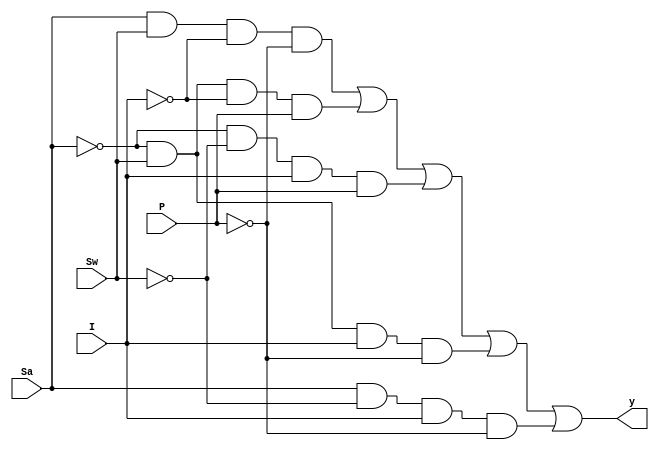



`timescale 1ns / 1ps
//////////////////////////////////////////////////////////////////////////////////
// Company: 
// Engineer: 
// 
// Design Name: 
// Module Name: icecream
// Project Name: 
// Target Devices: 
// Tool Versions: 
// Description: 
// 
// Dependencies: 
// 
// Revision:
// Revision 0.01 - File Created
// Additional Comments:
// 
//////////////////////////////////////////////////////////////////////////////////


module icecream(output y,
    input Sa,
    input Sw,
    input I,
    input P

    );
    wire w1,w2,w3,w4,w5;
    
    and a1(w1,Sa,Sw,~I,~P);
    and a2(w2,~Sa,Sw,~I,P);
    and a3(w3,~Sa,~Sw,I,P);
    and a4(w4,~Sa,Sw,I,~P);
    and a5(w5,Sa,~Sw,I,~P);
    
    //assign y = (Sa)&(Sw)&(~I)&(~P) + (~Sa)&(Sw)&(~I)&(P) + (~Sa)&(~Sw)&(I)&(P) + (~Sa)&(Sw)&(I)&(~P);
    
    or o1(y,w1,w2,w3,w4,w5);
    
endmodule